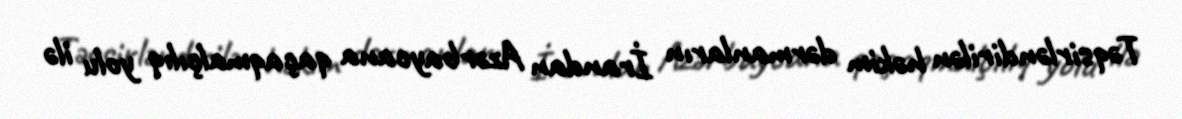
Təqsirləndirilən həkim dərmanların İrandan Azərbaycana qaçaqmalçılıq yolu ilə